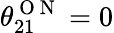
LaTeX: \theta_{21}^{\mathrm{~O~N~}}=0